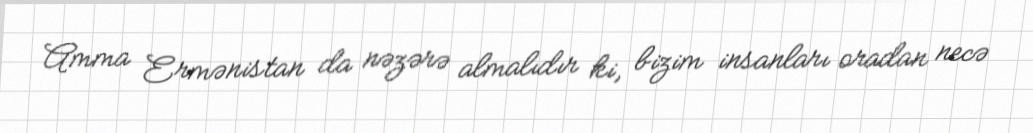
Amma Ermənistan da nəzərə almalıdır ki, bizim insanları oradan necə